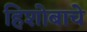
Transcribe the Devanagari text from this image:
हिशोबाचे